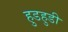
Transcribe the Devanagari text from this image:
हुडहुडी